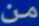
من